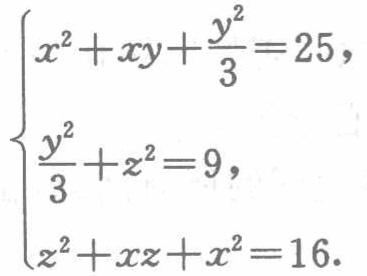
\(\begin{cases}

x^{2}+xy+\frac{y^{2}}{3}=25,\\

\frac{y^{2}}{3}+z^{2}=9,\\

z^{2}+xz + x^{2}=16.

\end{cases}\)